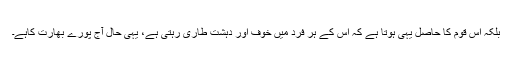
بلکہ اس قوم کا حاصل یہی ہوتا ہے کہ اس کے ہر فرد میں خوف اور دہشت طاری رہتی ہے، یہی حال آج پورے بھارت کاہے۔